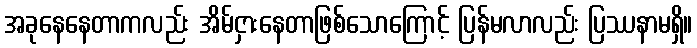
အခုနေနေတာကလည်း အိမ်ငှားနေတာဖြစ်သောကြောင့် ပြန်မလာလည်း ပြဿနာမရှိ။